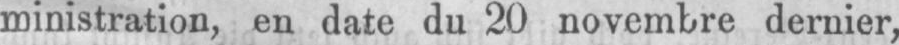
ministration, en date du 20 novembre dernier,